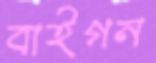
বাইগন